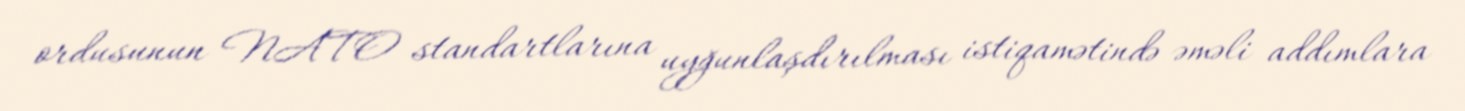
ordusunun NATO standartlarına uyğunlaşdırılması istiqamətində əməli addımlara